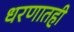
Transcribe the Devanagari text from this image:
धरणातही